Annual administration report of the Civil Veterinary Department, Ajmere-Merwara, British Rajputana - 1914-1940
Year: 1914
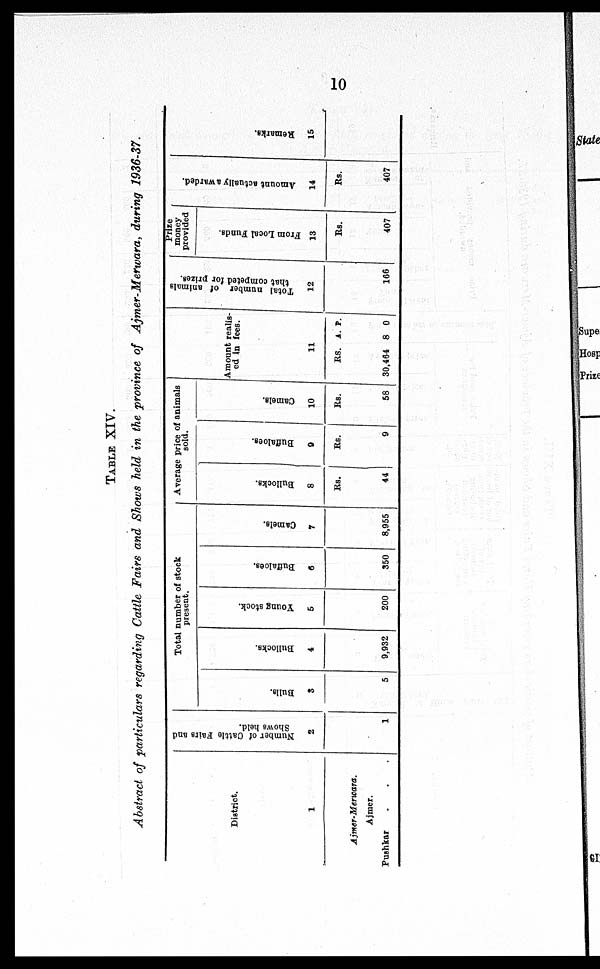
10
TABLE XIV.
Abstract of particulars regarding Cattle Fairs and Shows held in the province of Ajmer-Merwara, during 1936-37.
District.
1
Ajmer-Merwara.
Ajmer.
Pushkar . . .
Number of Cattle Fairs and
Shows held.
2
1
Total number of stock
present.
Bulls.
3
5
Bullocks.
4
9,932
Young stock.
5
200
Buffaloes.
6
350
Camels.
7
8,955
Average price of animals
sold.
Bullocks.
8
Rs.
44
Buffaloes.
9
Rs.
9
Camels.
10
Rs.
58
Amount realis-
ed in
fees.
11
Rs. A. P.
30,464 8 0
Total number of animals
that competed for prizes.
12
166
Prize
money
provided
From Local Funds.
13
Rs.
407
Amo u n t actually awarded.
14
Rs.
407
Re ma r
ks .
15